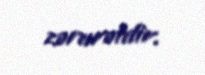
zərurətdir.